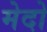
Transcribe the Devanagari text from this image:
मेदो